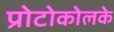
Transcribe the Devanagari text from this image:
प्रोटोकोलके